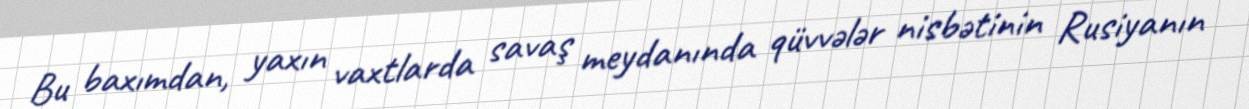
Bu baxımdan, yaxın vaxtlarda savaş meydanında qüvvələr nisbətinin Rusiyanın